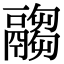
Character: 𩱈